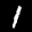
Label: 1